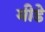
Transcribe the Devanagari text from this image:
मीडे